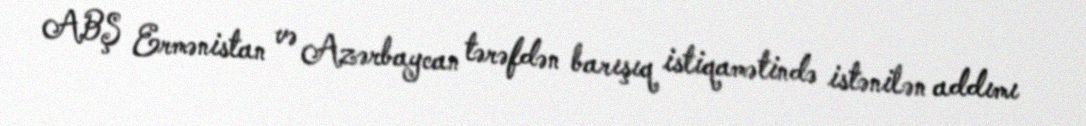
ABŞ Ermənistan və Azərbaycan tərəfdən barışıq istiqamətində istənilən addımı